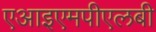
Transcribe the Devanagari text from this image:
एआइएमपीएलबी